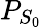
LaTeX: P_{S_{0}}